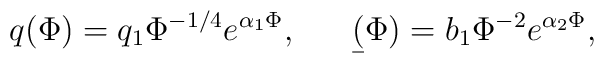
q(\Phi) = q_1 \Phi^{-1/4} e^{\alpha_1 \Phi},  \ \ \ \ \ \b(\Phi)= b_1 \Phi^{-2} e^{\alpha_2 \Phi},